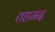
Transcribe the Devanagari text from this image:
तहमद